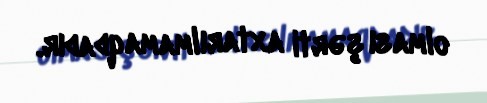
olması şərti axtarılmamaqdadır.